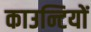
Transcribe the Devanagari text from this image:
काउन्टियों